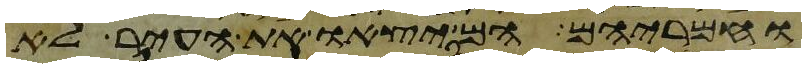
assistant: וחמריהם הם יצאו את העיר לא